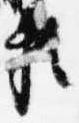
頼